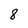
Character: 8